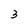
Character: 3